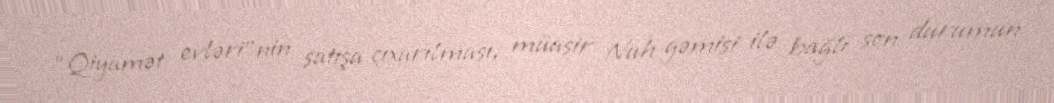
“Qiyamət evləri”nin satışa çıxarılması, müasir Nuh gəmisi ilə bağlı son durumun